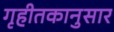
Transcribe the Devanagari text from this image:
गृहीतकानुसार